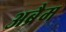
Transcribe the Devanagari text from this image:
अब्रैम